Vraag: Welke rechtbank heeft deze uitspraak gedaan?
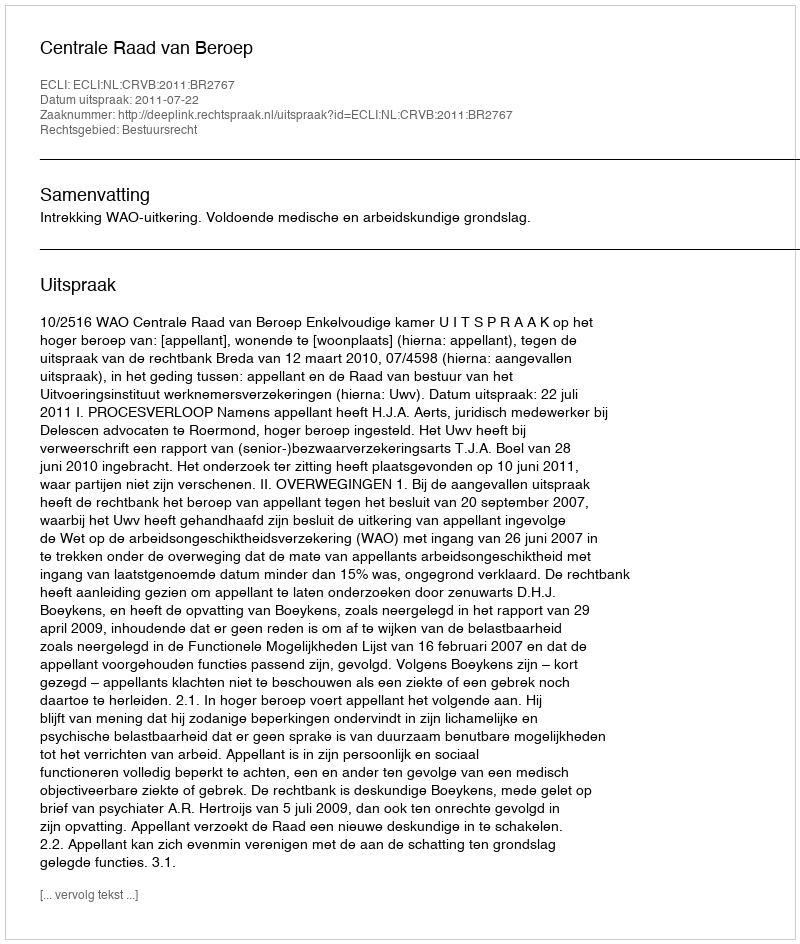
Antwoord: Centrale Raad van Beroep